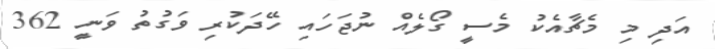
އަދި މި މެޗާއެކު މެސީ ގޯލެއް ނުޖަހައި ހޭދަކުރި ވަގުތު ވަނީ 362